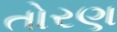
તોરણ